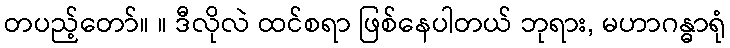
တပည့်တော်။ ။ ဒီလိုလဲ ထင်စရာ ဖြစ်နေပါတယ် ဘုရား, မဟာဂန္ဓာရုံ